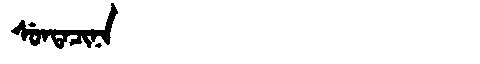
Manchu: ᠰᡠᠨᡨᠠᠴᡳᠨᠠ
Romanization: SUNTACINA